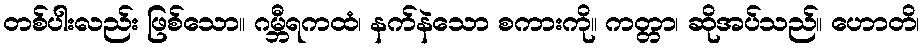
တစ်ပါးလည်း ဖြစ်သော။ ဂမ္ဘီရကထံ၊ နက်နဲသော စကားကို။ ကတ္တာ၊ ဆိုအပ်သည်။ ဟောတိ၊